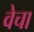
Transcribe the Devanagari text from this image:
वेचा